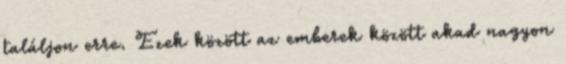
találjon erre. Ezek között az emberek között akad nagyon